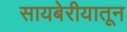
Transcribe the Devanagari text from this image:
सायबेरीयातून